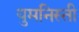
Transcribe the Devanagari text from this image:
युमनिस्ती